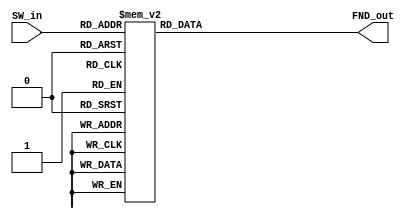
module FND_decoder(SW_in, FND_out);

	input [3:0] SW_in;
	output reg[9:0] FND_out;
	
	always@(SW_in) begin
	 case(SW_in)
		4'b0000 : FND_out = 7'b100_0000;
		4'b0001 : FND_out = 7'b111_1001;
		4'b0010 : FND_out = 7'b010_0100;
		4'b0011 : FND_out = 7'b011_0000;
		4'b0100 : FND_out = 7'b001_1001;
		4'b0101 : FND_out = 7'b001_0010;
		4'b0110 : FND_out = 7'b000_0010;
		4'b0111 : FND_out = 7'b101_1000;
		4'b1000 : FND_out = 7'b000_0000;
		4'b1001 : FND_out = 7'b001_0000;
		default : FND_out = 7'b100_0000;
	 endcase
	end
endmodule